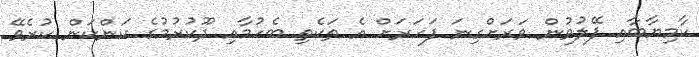
ކާމިޔާބާއި ފޭލުވުން ވަރަށްގިނަ ފަހަރަށް އެ ތަކެތި ބެހުމާއި ދޫކުރުމުގެ ކަންކަން ކުރެވޭ